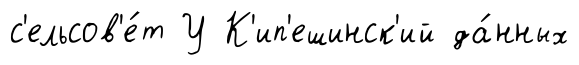
с'ельсов'е́т У К'ип'ешинск'ий да́нных